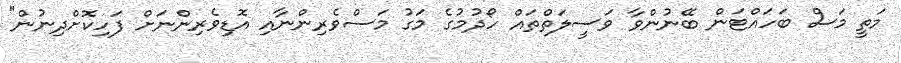
މަތީ މަސް ބަހައްޓަން ބޭނުންވާ ވަސީލަތްތައް ހޯދުމުގެ މަގު މަސްވެރިންނާއި އޮޑިވެރިންނަށް ފަހިކޮށްދިނުން"